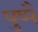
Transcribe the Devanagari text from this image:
पुष्पै